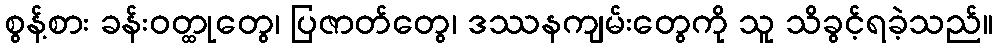
စွန့်စား ခန်းဝတ္ထုတွေ၊ ပြဇာတ်တွေ၊ ဒဿနကျမ်းတွေကို သူ သိခွင့်ရခဲ့သည်။